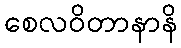
စေလဝိတာနာနိ